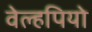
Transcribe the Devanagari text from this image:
वेल्हपियो